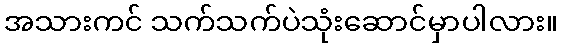
အသားကင် သက်သက်ပဲသုံးဆောင်မှာပါလား။